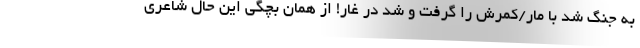
به جنگ شد با مار/کمرش را گرفت و شد در غار! از همان بچگی این حال شاعری